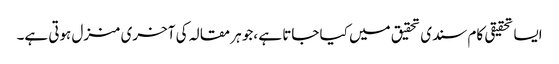
ایسا تحقیقی کام سندی تحقیق میں کیا جاتا ہے ،جو ہر مقالہ کی آخری منزل ہوتی ہے۔